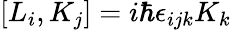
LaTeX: \left[L_{i},K_{j}\right]=i\hbar\epsilon_{ijk}K_{k}